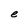
Character: e